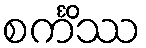
စင်္ကိဿ